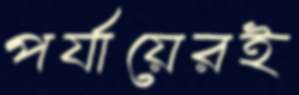
পর্যায়েরই